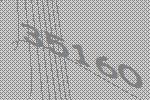
35160